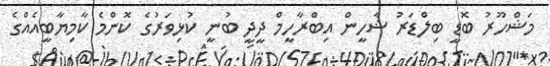
މަޝްހޫރު ބޮޑީ ބިލްޑަރު ޝާހީން އިބްރާހީމް ދީދީ ބުނީ ކުޅިވަރުގެ ކޮންމެ ކާމިޔާބީއެއްގެ